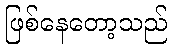
ဖြစ်နေတော့သည်